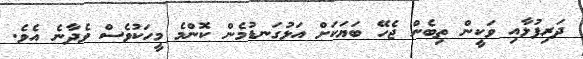
ދަރިފުޅާއި ވަކީން ތިބެން ޖެހޭ ބަޔަކަށް އަޅުގަނޑުމެން ކޮންމެ މީހަކުވެސް ވެދާނެ އެވެ.